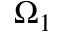
\Omega _ { 1 }